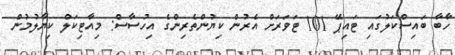
ހާބާ ބައިސްކަލުގައި ޓައިޕޭ 101 ޓަވަރަށް އެރުން ކިޔުންތެރިންގެ އިހުސާސް: މިއާޓިކަލް ކިޔާލުމުން